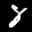
Label: 8